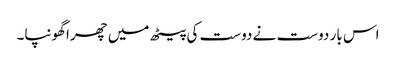
اس بار دوست نے دوست کی پیٹھ میں چھرا گھونپا۔